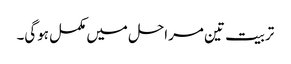
تربیت تین مراحل میں مکمل ہوگی۔